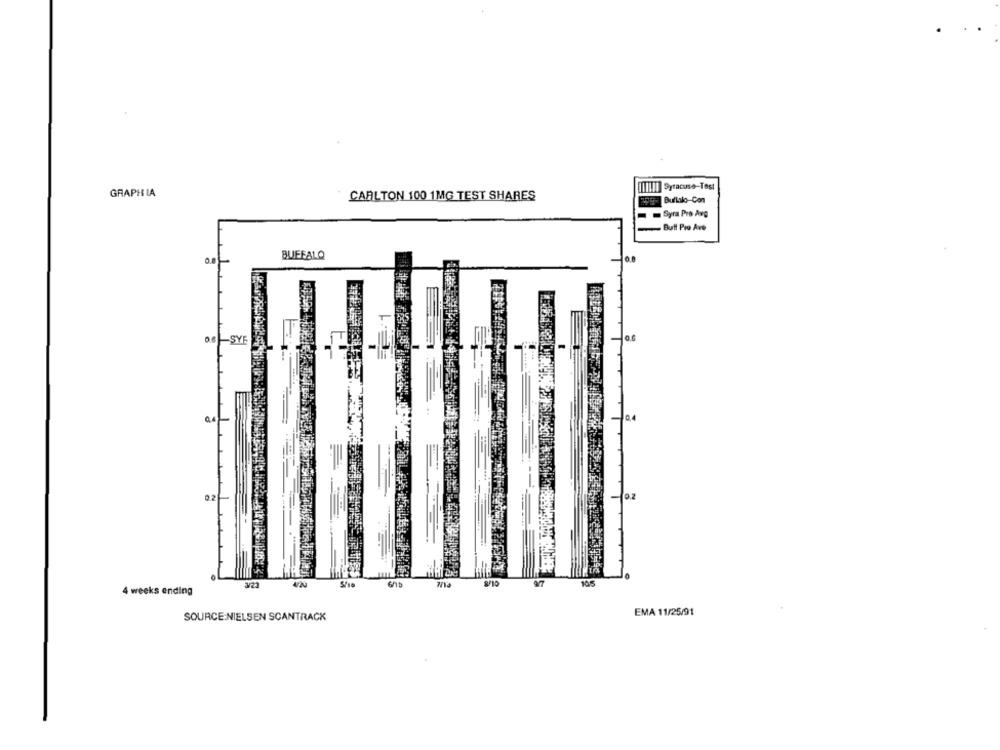
IlIl|| Syracuse-Test
GRAPH IA
CARLTON 100 1MG TEST SHARES
Bullakı-Con
Syra Pro Avg
Buff Pro Ave
BUFFALO
-SYE
04
105
4 weeks ending
SOURCE:NIELSEN SCANTRACK
EMA 11/25/91